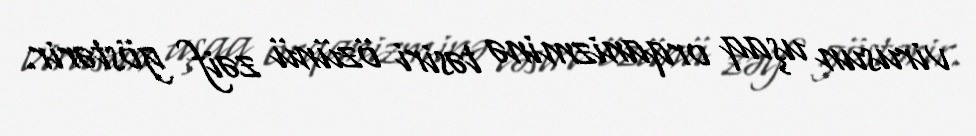
virusun uşaq orqanizminə təsiri özünü zəif göstərir.